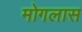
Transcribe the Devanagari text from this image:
मोगलास